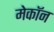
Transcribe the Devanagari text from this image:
मेकॉन